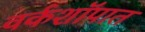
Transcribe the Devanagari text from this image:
वर्कशॉपात